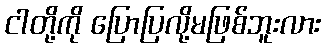
ငါတို့ကို ပြောပြလို့မဖြစ်ဘူးလား